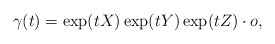
\begin{align*} \gamma(t)=\exp(tX) \exp(tY) \exp(tZ)\cdot o, \end{align*}